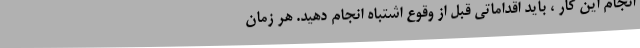
انجام این کار ، باید اقداماتی قبل از وقوع اشتباه انجام دهید. هر زمان